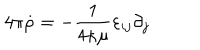
4 \pi \dot { \rho } = - { \frac { 1 } { 4 \kappa \mu } } \varepsilon _ { i j } \partial _ { j }